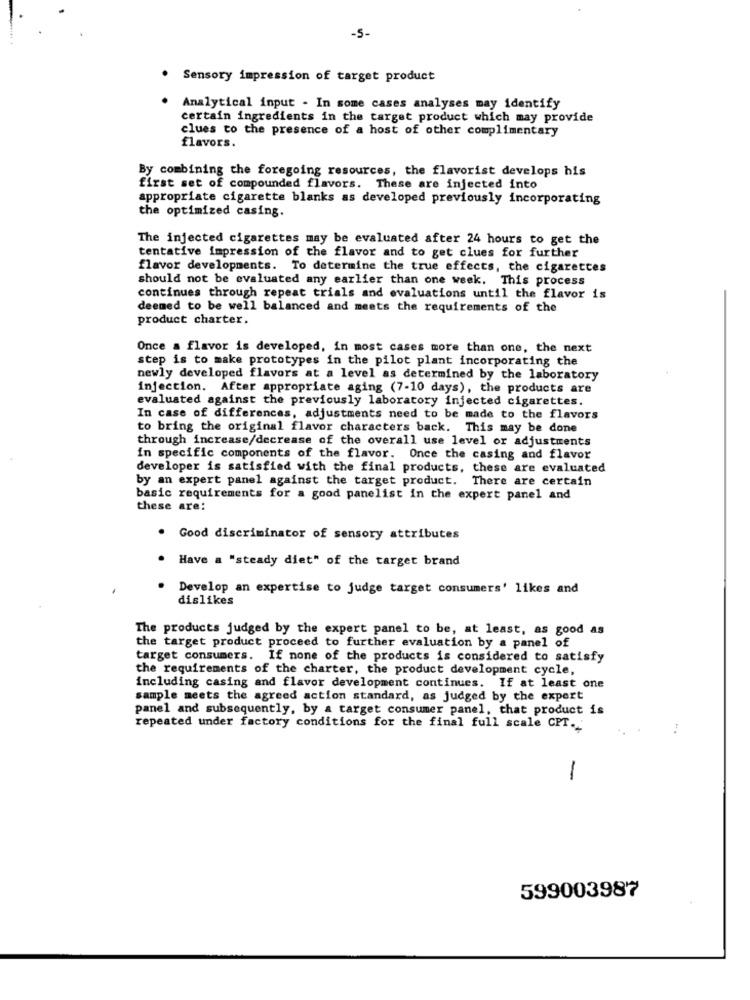
-5-
. Sensory impression of target product
Analytical input . In some cases analyses may identify
certain ingredients in the target product which may provide
clues to the presence of a host of other complimentary
flavors.
By combining the foregoing resources, the flavorist develops his
first set of compounded flavors. These are injected into
appropriate cigarette blanks as developed previously incorporating
the optimized casing.
The injected cigarettes may be evaluated after 24 hours to get the
tentative impression of the flavor and to get clues for further
flavor developments. To determine the true effects, the cigarettes
should not be evaluated any earlier than one week. This process
continues through repeat trials and evaluations until the flavor is
deemed to be well balanced and meets the requirements of the
product charter.
Once a flavor is developed, in most cases more than one, the next
step is to make prototypes in the pilot plant incorporating the
newly developed flavors at a level as determined by the laboratory
injection. After appropriate aging (7-10 days), the products are
evaluated against the previously laboratory injected cigarettes.
In case of differences, adjustments need to be made to the flavors
to bring the original flavor characters back. This may be done
through increase/decrease of the overall use level or adjustments
in specific components of the flavor. Once the casing and flavor
developer is satisfied with the final products, these are evaluated
by an expert panel against the target product. There are certain
basic requirements for a good panelist in the expert panel and
these are:
. Good discriminator of sensory attributes
Have a "steady diet" of the target brand
Develop an expertise to judge target consumers' likes and
dislikes
The products judged by the expert panel to be, at least, as good as
the target product proceed to further evaluation by a panel of
target consumers. If none of the products is considered to satisfy
the requirements of the charter, the product development cycle,
including casing and flavor development continues. If at least one
sample meets the agreed action standard, as judged by the expert
panel and subsequently, by a target consumer panel, that product is
repeated under factory conditions for the final full scale CPT ..
:
-
599003987